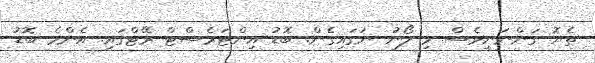
ތެޔޮ ގަންނަނީވެސް މި ލޯނު ނަގައިގެން. ބޮޑު އިންޓަރެސްޓް ރޭޓްގައި. އެންމެ ބޮޑު